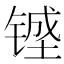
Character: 𰾔